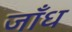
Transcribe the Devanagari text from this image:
जाँध